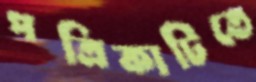
পত্রিকাটিতে